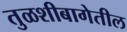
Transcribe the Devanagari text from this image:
तुळशीबागेतील